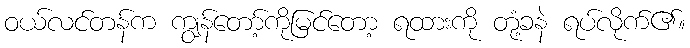
ဝယ်လင်တန်က ကျွန်တော့်ကိုမြင်တော့ ရထားကို တုံ့ခနဲ ရပ်လိုက်၏။